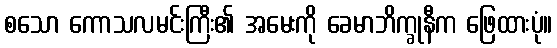
စသော ကောသလမင်းကြီး၏ အမေးကို ခေမာဘိက္ခုနီက ဖြေထားပုံ။